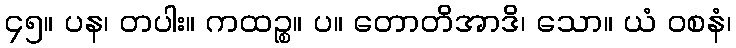
၄၅။ ပန၊ တပါး။ ကထဉ္စ။ ပ။ တောတိအာဒိ၊ သော။ ယံ ဝစနံ၊